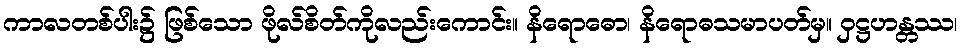
ကာလတစ်ပါး၌ ဖြစ်သော ဖိုလ်စိတ်ကိုလည်းကောင်း။ နိရောဓော၊ နိရောဓသမာပတ်မှ။ ဝှဋ္ဌဟန္တဿ၊